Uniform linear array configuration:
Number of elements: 64
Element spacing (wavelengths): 0.75
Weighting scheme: uniform
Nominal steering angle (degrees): -45
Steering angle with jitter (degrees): -45.422
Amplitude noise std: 0.05
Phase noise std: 0.05

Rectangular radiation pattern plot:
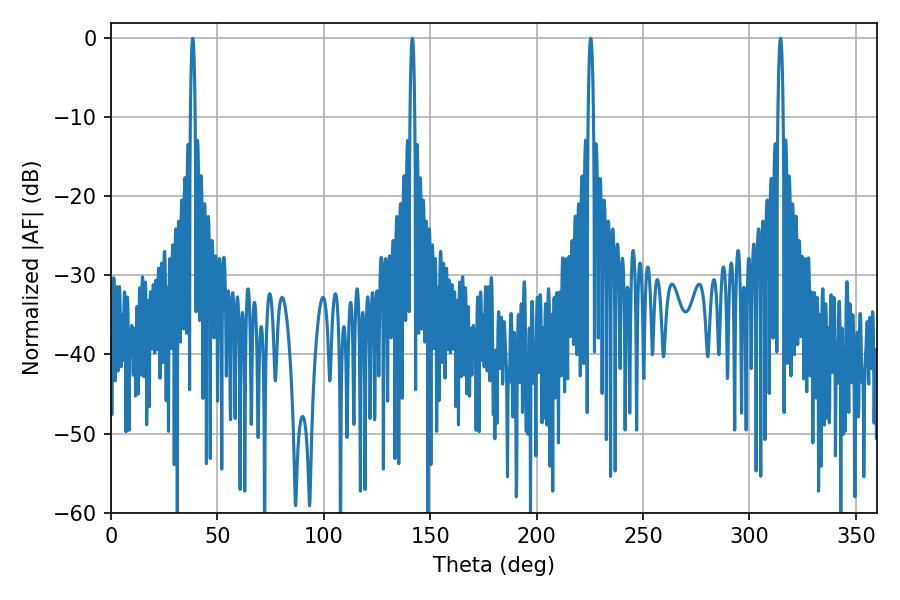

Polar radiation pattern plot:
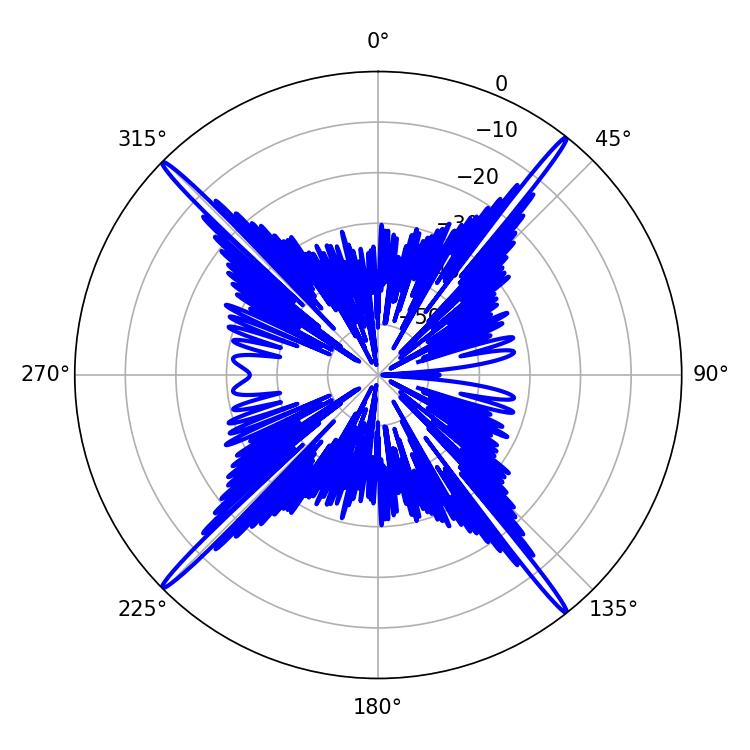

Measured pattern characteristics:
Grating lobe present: TRUE
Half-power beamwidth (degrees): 1.26
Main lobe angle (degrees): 225.36